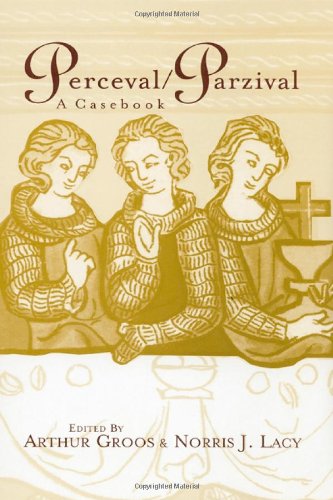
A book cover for Perceval/Parzival: A Casebook (Arthurian Characters and Themes); Literature & Fiction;